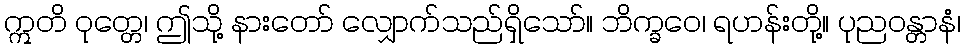
ဣတိ ဝုတ္တေ၊ ဤသို့ နားတော် လျှောက်သည်ရှိသော်။ ဘိက္ခဝေ၊ ရဟန်းတို့။ ပုညဝန္တာနံ၊